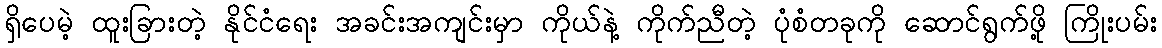
ရှိပေမဲ့ ထူးခြားတဲ့ နိုင်ငံရေး အခင်းအကျင်းမှာ ကိုယ်နဲ့ ကိုက်ညီတဲ့ ပုံစံတခုကို ဆောင်ရွက်ဖို့ ကြိုးပမ်း